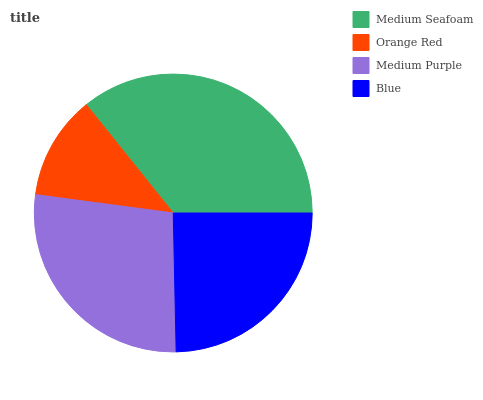
| Medium Seafoam | Orange Red | Medium Purple | Blue |
 | --- | --- | --- | --- |
 | 35.8% | 12.1% | 27.4% | 24.7% |